Plague in India, 1896, 1897 - Volume 2
Year: 1896
Disease focus: Plague
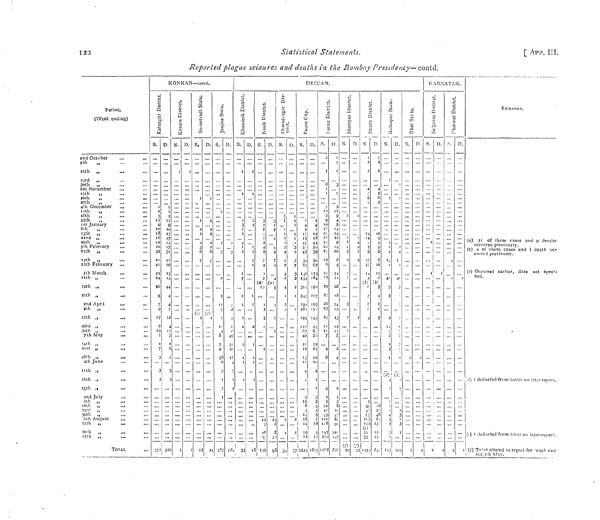
123
Statistical Statements.
Reported plague seizures and deaths in the Bombay Presidency—contd.
[ APP. III.